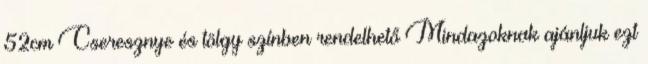
52cm Cseresznye és tölgy színben rendelhető Mindazoknak ajánljuk ezt